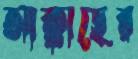
আক্কাছের